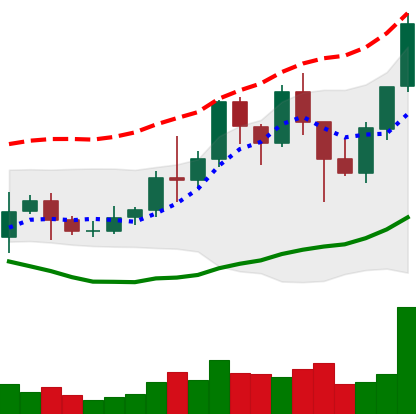
Ticker: LINK-USD
Chart end date: 2021-01-15
Forward return: 5.49%
Label: up_5_7